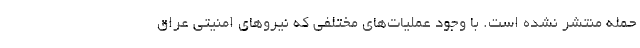
حمله منتشر نشده است. با وجود عملیات‌های مختلفی که نیروهای امنیتی عراق